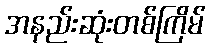
အနည်းဆုံးတစ်ကြိမ်